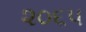
૨૦૬૫